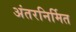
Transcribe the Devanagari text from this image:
अंतरनिर्मित